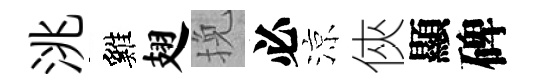
洮雞翅挽必涼俠顯碑